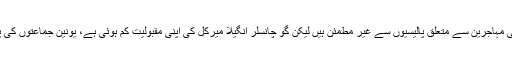
جرمنی میں لوگ حکومت کی مہاجرین سے متعلق پالیسیوں سے غیر مطمئن ہیں لیکن گو چانسلر انگیلا میرکل کی اپنی مقبولیت کم ہوئی ہے، یونین جماعتوں کی پوزیشن بہرحال مستحکم ہے۔